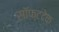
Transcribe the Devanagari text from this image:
सॉफ्टटेक